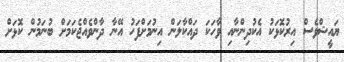
ޔައީޝްވެސް އިރުކޮޅަކު އެކުދިންނާއި ވާހަކަ ދައްކާލަން އިނުމަށްފަހު އޭނާ ދާންވެއްޖެކަމަށް ބުނަމުން ކޮޅަށް